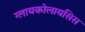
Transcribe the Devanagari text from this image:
ग्लायकोलायसिस